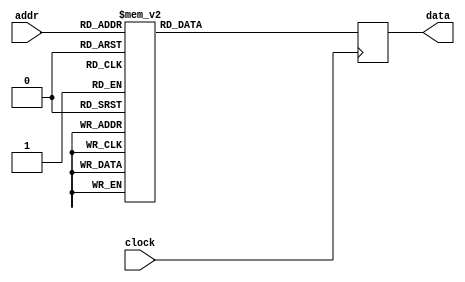


module coeff_rom (input clock, input [2:0] addr, output reg [15:0] data);

   always @(posedge clock)
     case (addr)
       3'd0 : data <= #1 -16'd49;
       3'd1 : data <= #1 16'd165;
       3'd2 : data <= #1 -16'd412;
       3'd3 : data <= #1 16'd873;
       3'd4 : data <= #1 -16'd1681;
       3'd5 : data <= #1 16'd3135;
       3'd6 : data <= #1 -16'd6282;
       3'd7 : data <= #1 16'd20628;
     endcase // case(addr)
      
endmodule // coeff_rom